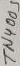
Text: TN4005